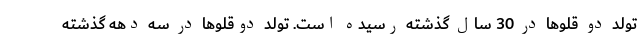
تولد دو قلوها در 30 سال گذشته رسیده است. تولد دوقلوها در سه دهه گذشته